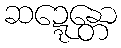
ဆဍ္ဍေန္တော